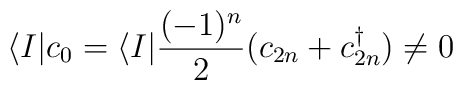
\langle I|c_0=\langle I|{(-1)^n\over2}(c_{2n}+c_{2n}^\dagger)\not=0